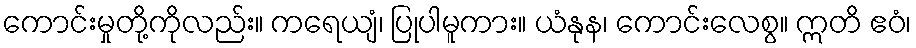
ကောင်းမှုတို့ကိုလည်း။ ကရေယျံ၊ ပြုပါမူကား။ ယံနုန၊ ကောင်းလေစွ။ ဣတိ ဧဝံ၊